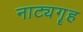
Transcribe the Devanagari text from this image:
नाट्यगॄह